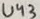
Text: U43